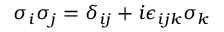
\sigma _ { i } \sigma _ { j } = \delta _ { i j } + i \epsilon _ { i j k } \sigma _ { k }